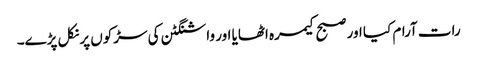
رات آرام کیا اور صبح کیمرہ اٹھایا اور واشنگٹن کی سڑکوں پر نکل پڑے۔